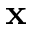
\mathbf { x }